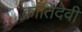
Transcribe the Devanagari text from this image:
क्रांतिदेवी